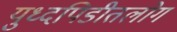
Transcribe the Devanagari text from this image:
युध्दपिडीतलोग